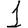
Digit: 1